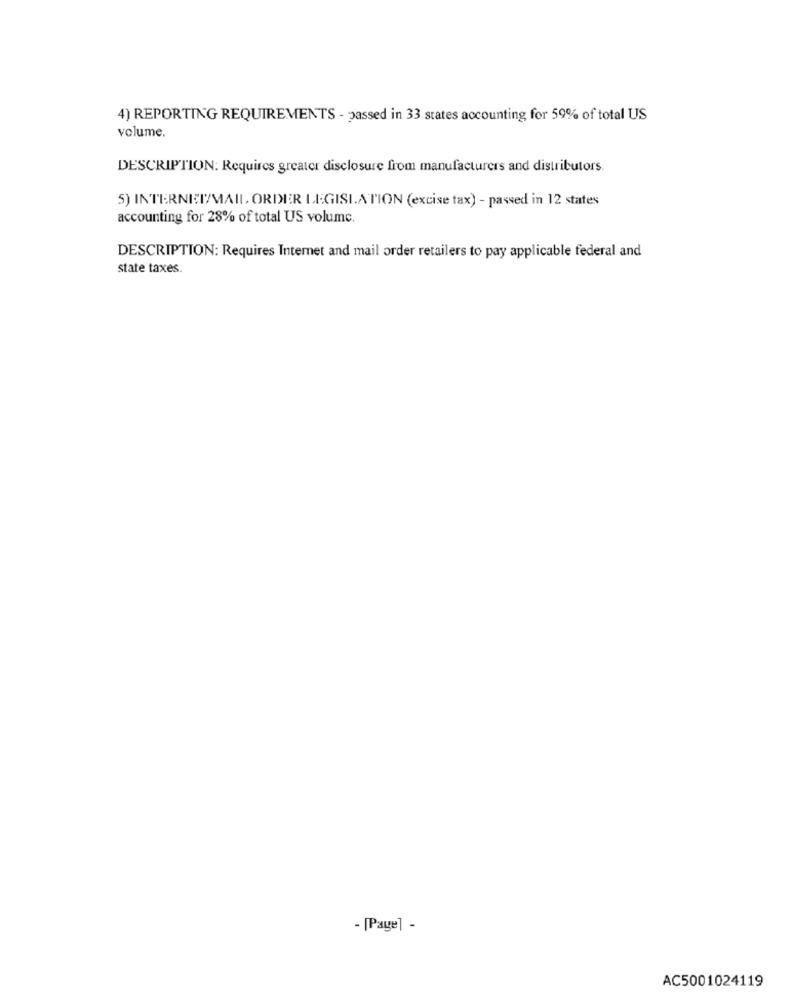
4) REPORTING REQUIREMENTS - passed in 33 states accounting for 59% of total US
volume.
DESCRIPTION: Requires greater disclosure from manufacturers and distributors.
5) INTERNET/MAIL ORDER LEGISLATION (excise tax) - passed in 12 states
accounting for 28% of total US volume.
DESCRIPTION: Requires Internet and mail order retailers to pay applicable federal and
state taxes
- [Page] -
AC5001024119